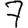
Digit: 7